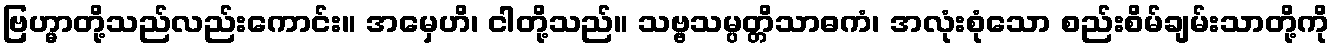
ဗြဟ္မာတို့သည်လည်းကောင်း။ အမှေဟိ၊ ငါတို့သည်။ သဗ္ဗသမ္ပတ္တိသာဓကံ၊ အလုံးစုံသော စည်းစိမ်ချမ်းသာတို့ကို